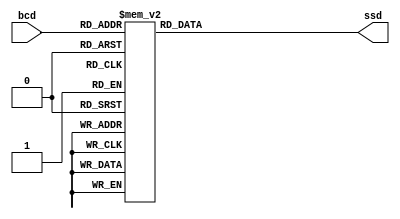
module sevenSegmentDecoder (
	input wire [3:0] bcd,
	output reg [7:0] ssd
);

	// The SSD is 'active low', which means the various segments are illuminated 
	// when supplied with logic low '0'.

	always @(*) begin
		case(bcd)
			4'd0 : ssd = 8'b11000000;
			4'd1 : ssd = 8'b11111001;
			4'd2 : ssd = 8'b10100100;
			4'd3 : ssd = 8'b10110000;
			4'd4 : ssd = 8'b10011001;
			4'd5 : ssd = 8'b10010010;
			4'd6 : ssd = 8'b10000010;
			4'd7 : ssd = 8'b11111000;
			4'd8 : ssd = 8'b10000000;
			4'd9 : ssd = 8'b10010000;
			4'd10 : ssd = 8'b10111111; // Dash 
			4'd11 : ssd = 8'b01111111; // Dot
			4'd12 : ssd = 8'b11111111; 

			default : ssd = 8'b11111111;
		endcase
	end

endmodule